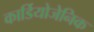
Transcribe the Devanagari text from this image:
कार्डियोजेनिक